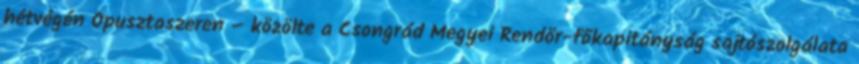
hétvégén Ópusztaszeren – közölte a Csongrád Megyei Rendőr-főkapitányság sajtószolgálata